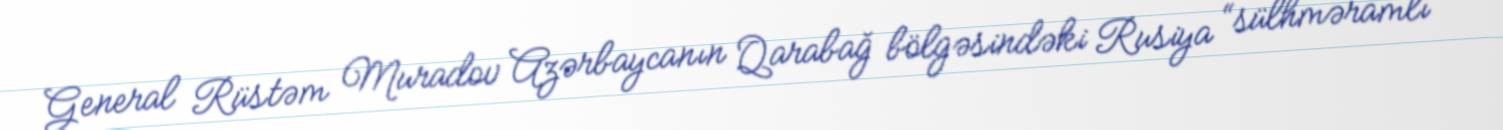
General Rüstəm Muradov Azərbaycanın Qarabağ bölgəsindəki Rusiya “sülhməramlı